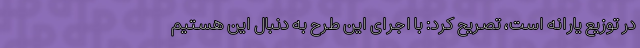
در توزیع یارانه است، تصریح کرد: با اجرای این طرح به دنبال این هستیم